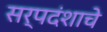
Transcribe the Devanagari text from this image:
सर्पदंशाचे